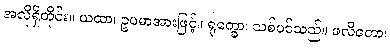
အလိုရှိတိုင်း။ ယထာ၊ ဥပမာအားဖြင့်။ ရုက္ခော၊ သစ်ပင်သည်။ ဖလိတော၊